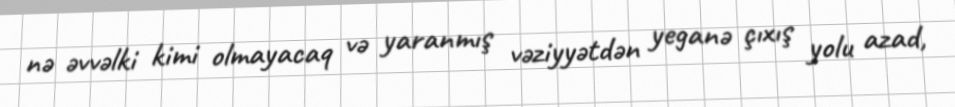
nə əvvəlki kimi olmayacaq və yaranmış vəziyyətdən yeganə çıxış yolu azad,